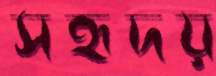
সহৃদয়